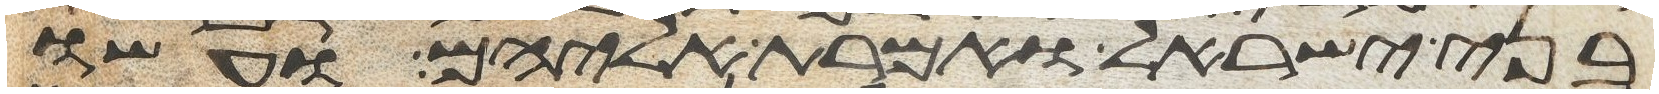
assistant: בני ישראל ואמרת אליהם ועשו